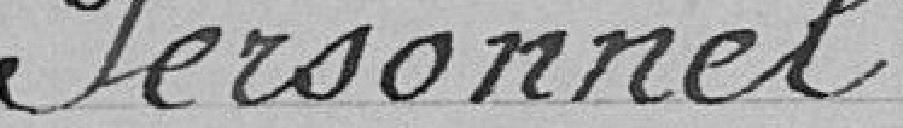
Personnel